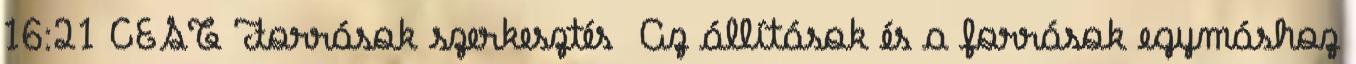
16:21 CEST Források szerkesztés Az állítások és a források egymáshoz